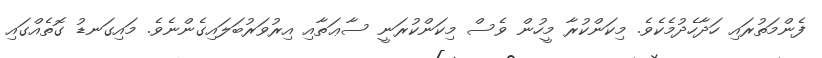
ފެންމަތުރައި ހަދާހެދުމެކެވެ. މިކަންކުރާ މީހުން ވެސް މިކަންކުރަނީ ސާޢަތާއި އިރުވަރުބަލައިގެންނެވެ. މައިގަނޑު ގޮތެއްގައި